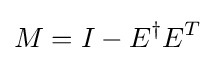
M=I-E^{\dagger }E^{T}